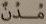
مدن